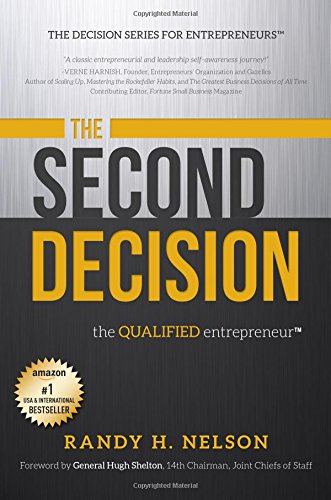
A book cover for The Second Decision:: the QUALIFIED entrepreneur TM (Decision Series for Entrepreneurs); Randy H. Nelson; Business & Money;